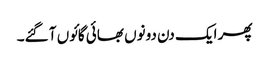
پھر ایک دن دونوں بھائی گائوں آ گئے۔